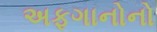
અફગાનોનો